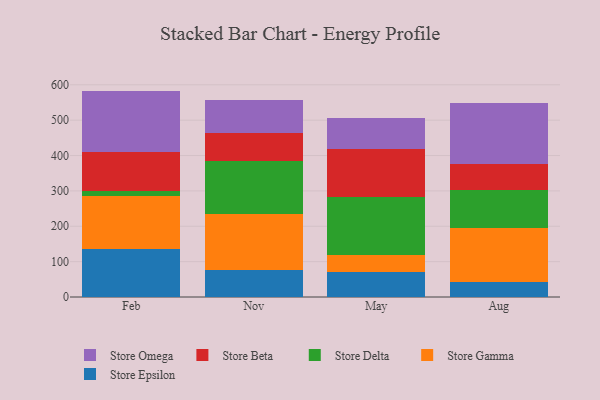
{"axis": {"x": "Month", "y": "Latency (ms)"}, "legend": ["Store Beta", "Store Delta", "Store Epsilon", "Store Gamma", "Store Omega"], "data": [{"x": "Feb", "y": 136.6, "type": "Store Epsilon"}, {"x": "Feb", "y": 148.4, "type": "Store Gamma"}, {"x": "Feb", "y": 13.6, "type": "Store Delta"}, {"x": "Feb", "y": 112.0, "type": "Store Beta"}, {"x": "Feb", "y": 172.3, "type": "Store Omega"}, {"x": "Nov", "y": 76.1, "type": "Store Epsilon"}, {"x": "Nov", "y": 158.9, "type": "Store Gamma"}, {"x": "Nov", "y": 148.7, "type": "Store Delta"}, {"x": "Nov", "y": 78.9, "type": "Store Beta"}, {"x": "Nov", "y": 93.1, "type": "Store Omega"}, {"x": "May", "y": 70.6, "type": "Store Epsilon"}, {"x": "May", "y": 49.4, "type": "Store Gamma"}, {"x": "May", "y": 162.4, "type": "Store Delta"}, {"x": "May", "y": 135.5, "type": "Store Beta"}, {"x": "May", "y": 87.9, "type": "Store Omega"}, {"x": "Aug", "y": 42.1, "type": "Store Epsilon"}, {"x": "Aug", "y": 153.8, "type": "Store Gamma"}, {"x": "Aug", "y": 106.3, "type": "Store Delta"}, {"x": "Aug", "y": 73.0, "type": "Store Beta"}, {"x": "Aug", "y": 172.9, "type": "Store Omega"}]}